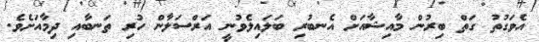
އެވަގުތު ގަތް ބިރުން މާއިޝާއަށް އެނބުރި ބަލައިލެވުނީ އަރްސަލާން ހުރި ތަނބާއި ދިމާއަށެވެ.